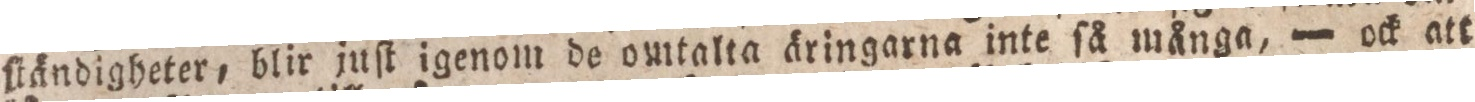
ſtändigheter, blir juſt igenom de omtalta äringarna inte ſå många, — ock att